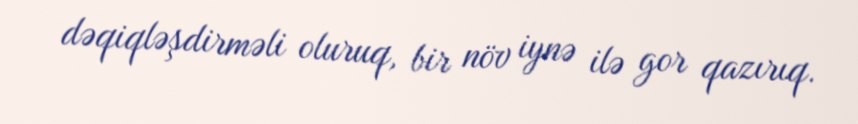
dəqiqləşdirməli oluruq, bir növ iynə ilə gor qazırıq.